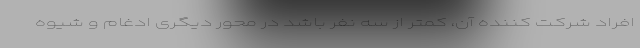
افراد شرکت کننده آن، کمتر از سه نفر باشد در محور دیگری ادغام و شیوه